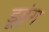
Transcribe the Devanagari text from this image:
डूइंग